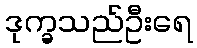
ဒုက္ခသည်ဦးရေ